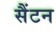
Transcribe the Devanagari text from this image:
सैंटन